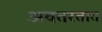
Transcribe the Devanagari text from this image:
अवतरतात